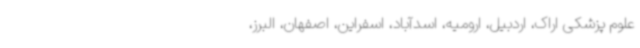
علوم پزشکی اراک، اردبیل، ارومیه، اسدآباد، اسفراین، اصفهان، البرز،